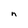
Character: n